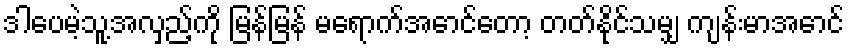
ဒါပေမဲ့သူ့အလှည့်ကို မြန်မြန် မရောက်အောင်တော့ တတ်နိုင်သမျှ ကျန်းမာအောင်